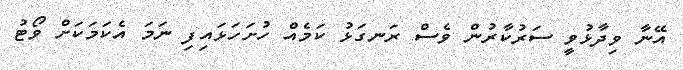
އޭނާ ވިދާޅުވީ ސަރުކާރުން ވެސް ރަނގަޅު ކަމެއް ހުށަހަޅައިފި ނަމަ އެކަމަކަށް ވޯޓު